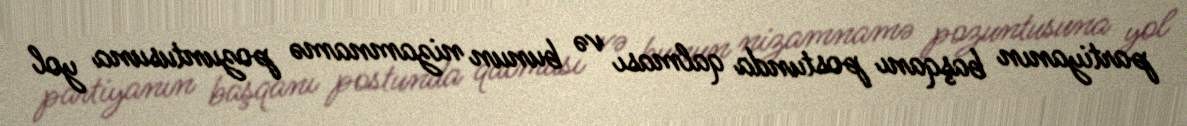
partiyanın başqanı postunda qalması və bunun nizamnamə pozuntusuna yol